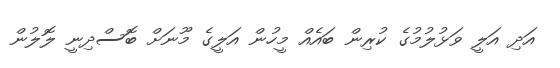
އަދި އަލީ ވަޅުލުމުގެ ކުރިން ބައެއް މީހުން އަލީގެ މޫނަށް ބޮސްދިނީ ލޮލުން